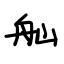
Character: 舢